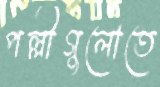
পল্লীগুলোতে